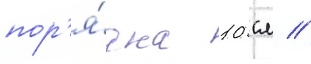
пор'я́дка 10 см //